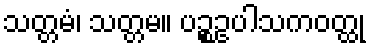
သတ္တမံ၊ သတ္တမ။ ပဉ္စဥပါသကဝတ္ထု